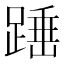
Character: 𮛸